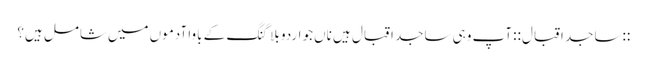
::ساجد اقبال:: آپ وہی ساجد اقبال ہیں‌ ناں‌جو اردو بلاگنگ کے باوا آدموں میں‌شامل ہیں؟